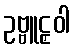
ဥဗ္ဗူဠှဝါ